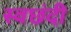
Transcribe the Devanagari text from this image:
स्वछंदी